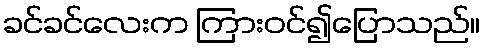
ခင်ခင်လေးက ကြားဝင်၍ပြောသည်။